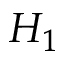
H _ { 1 }